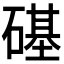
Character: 𥕛